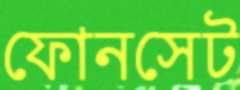
ফোনসেট